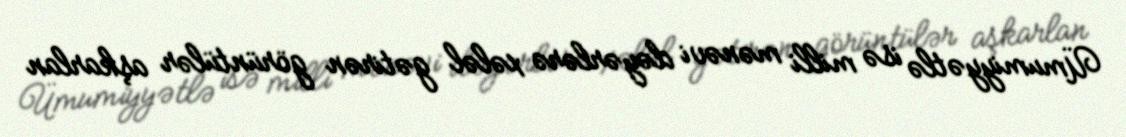
Ümumiyyətlə isə milli mənəvi dəyərlərə xələl gətirən görüntülər aşkarlan